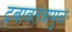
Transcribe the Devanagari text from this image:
दबावतंत्रामुळे